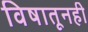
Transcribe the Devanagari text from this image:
विषातूनही